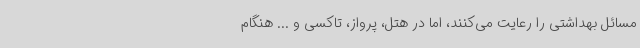
مسائل بهداشتی را رعایت می‌کنند، اما در هتل، پرواز، تاکسی و ... هنگام